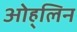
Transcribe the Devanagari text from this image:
ओह्‌लिन